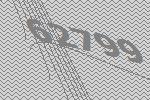
62799